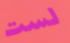
لست